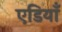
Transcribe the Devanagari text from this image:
एडियाँ